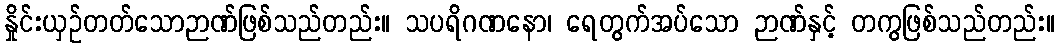
နှိုင်းယှဉ်တတ်သောဉာဏ်ဖြစ်သည်တည်း။ သပရိဂဏနော၊ ရေတွက်အပ်သော ဉာဏ်နှင့် တကွဖြစ်သည်တည်း။